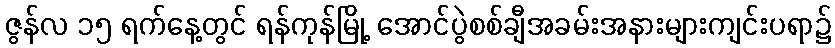
ဇွန်လ ၁၅ ရက်နေ့တွင် ရန်ကုန်မြို့ အောင်ပွဲစစ်ချီအခမ်းအနားများကျင်းပရာ၌